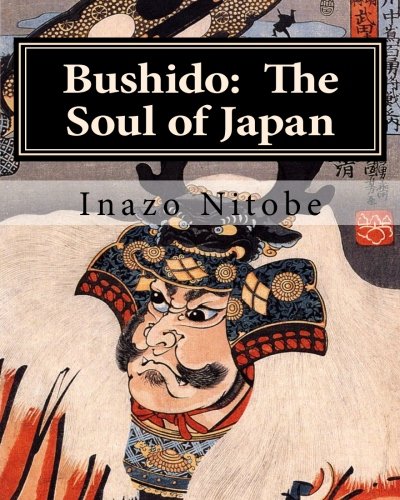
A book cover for Bushido: The Soul of Japan; Inazo Nitobe; Religion & Spirituality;